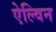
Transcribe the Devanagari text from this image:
ऐल्विन